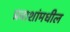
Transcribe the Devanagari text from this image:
प्रवाशांमधील